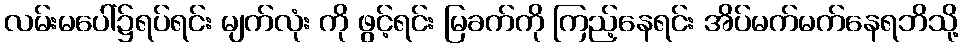
လမ်းမပေါ်၌ရပ်ရင်း မျက်လုံး ကို ဖွင့်ရင်း မြခက်ကို ကြည့်နေရင်း အိပ်မက်မက်နေရဘိသို့